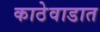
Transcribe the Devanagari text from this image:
काठेवाडात